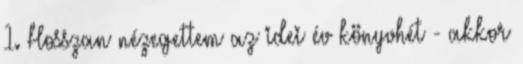
1. Hosszan nézegettem az idei év könyvhét - akkor